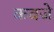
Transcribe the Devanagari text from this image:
कबजे